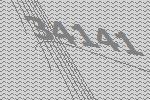
34141